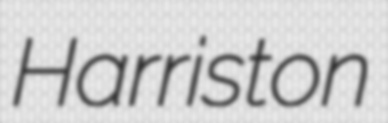
Harriston